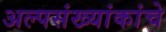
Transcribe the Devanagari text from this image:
अल्पसंख्यांकांचे